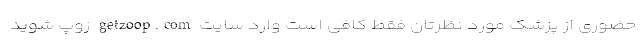
حضوری از پزشک مورد نظرتان فقط کافی است وارد سایت getzoop.com زوپ شوید